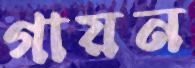
গায়ন